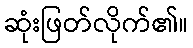
ဆုံးဖြတ်လိုက်၏။